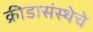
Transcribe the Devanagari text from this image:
क्रीडासंस्थेचे